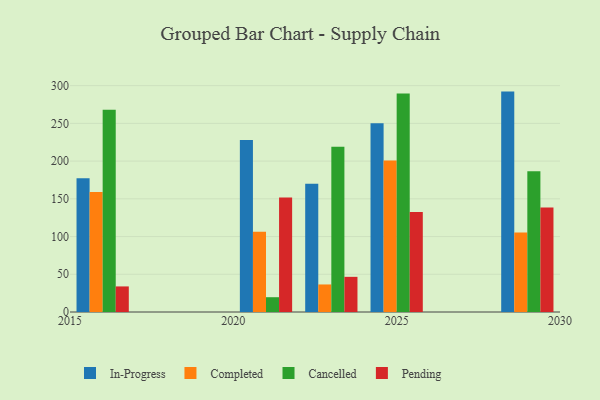
{"axis": {"x": "Year", "y": "Tickets Resolved"}, "legend": ["Cancelled", "Completed", "In-Progress", "Pending"], "data": [{"x": "2023", "y": 170.1, "type": "In-Progress"}, {"x": "2023", "y": 36.5, "type": "Completed"}, {"x": "2023", "y": 218.9, "type": "Cancelled"}, {"x": "2023", "y": 46.6, "type": "Pending"}, {"x": "2029", "y": 292.1, "type": "In-Progress"}, {"x": "2029", "y": 105.5, "type": "Completed"}, {"x": "2029", "y": 186.5, "type": "Cancelled"}, {"x": "2029", "y": 138.4, "type": "Pending"}, {"x": "2021", "y": 227.8, "type": "In-Progress"}, {"x": "2021", "y": 106.3, "type": "Completed"}, {"x": "2021", "y": 19.6, "type": "Cancelled"}, {"x": "2021", "y": 151.6, "type": "Pending"}, {"x": "2025", "y": 250.2, "type": "In-Progress"}, {"x": "2025", "y": 200.7, "type": "Completed"}, {"x": "2025", "y": 289.6, "type": "Cancelled"}, {"x": "2025", "y": 132.6, "type": "Pending"}, {"x": "2016", "y": 177.2, "type": "In-Progress"}, {"x": "2016", "y": 159.2, "type": "Completed"}, {"x": "2016", "y": 268.0, "type": "Cancelled"}, {"x": "2016", "y": 33.9, "type": "Pending"}]}